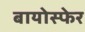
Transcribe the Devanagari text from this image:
बायोस्फेर